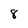
Character: 8